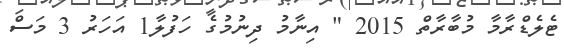
ޓެލެޑްރާމާ މުބާރާތް 2015 " އިނާމު ދިނުމުގެ ހަފުލާ1 އަހަރު 3 މަސް